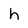
Character: h